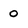
Character: 0